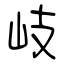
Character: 岐